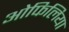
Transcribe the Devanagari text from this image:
ओफिलिया